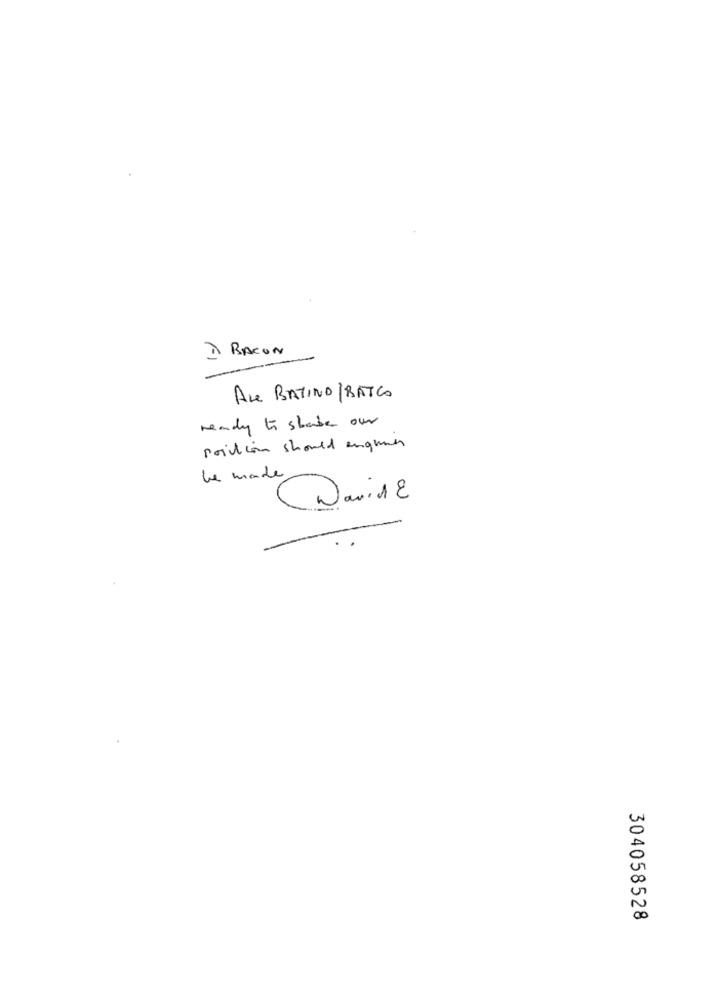
À BACON
ALE BATINA /BATCO
ready to share our
position should angune
be made
David
304058528